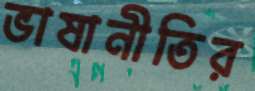
ভাষানীতির